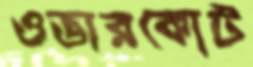
ওভারকোট